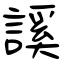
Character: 謑